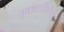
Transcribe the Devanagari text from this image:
एक्जामिनर